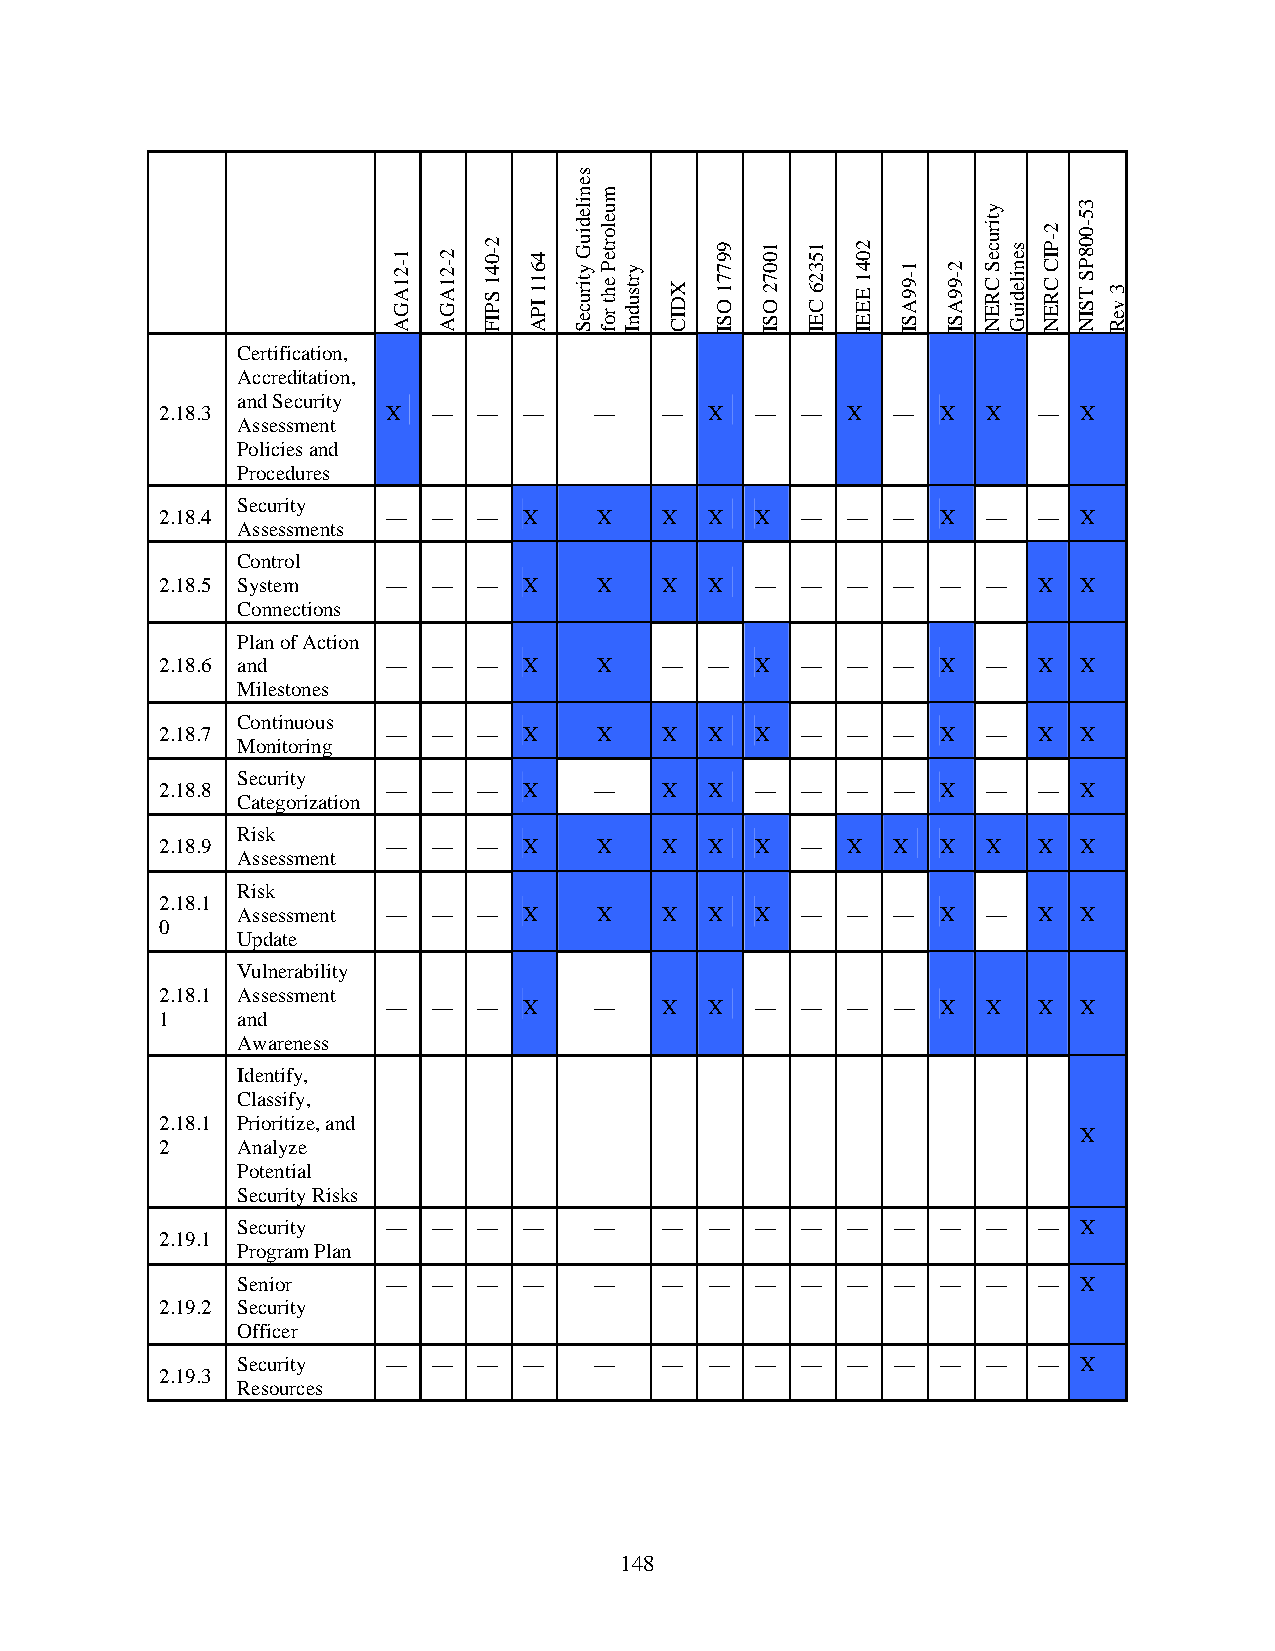
Certification,
 Accreditation,
 and Security
 2.18.3         X  —  —  —   —    —  X  —  —  X  —  X  X   —  X
 Assessment
 Policies and
 Procedures
 Security
 2.18.4         —  —  —  X    X   X  X  X  —  —  —  X  —   —  X
 Assessments
 Control
 2.18.5 System  —  —  —  X    X   X  X  —  —  —  —  —  —   X  X
 Connections
 Plan of Action
 2.18.6 and     —  —  —  X    X   —  —  X  —  —  —  X  —   X  X
 Milestones
 Continuous
 2.18.7         —  —  —  X    X   X  X  X  —  —  —  X  —   X  X
 Monitoring
 Security
 2.18.8         —  —  —  X   —    X  X  —  —  —  —  X  —   —  X
 Categorization
 Risk
 2.18.9         —  —  —  X    X   X  X  X  —  X  X  X  X   X  X
 Assessment
 Risk
 2.18.1
 Assessment — —  —  X    X   X  X  X  —  —  —  X  —   X  X
 0
 Update
 Vulnerability
 2.18.1 Assessment
 —  —  —  X   —    X  X  —  —  —  —  X  X   X  X
 1    and
 Awareness
 Identify,
 Classify,
 2.18.1 Prioritize, and
 X
 2    Analyze
 Potential
 Security Risks
 Security  —  —  —  —   —    —  —  —  —  —  —  —  —   —  X
 2.19.1
 Program Plan
 Senior    —  —  —  —   —    —  —  —  —  —  —  —  —   —  X
 2.19.2 Security
 Officer
 Security  —  —  —  —   —    —  —  —  —  —  —  —  —   —  X
 2.19.3
 Resources
 148
 1-21AGA 2-21AGA
 2-041
 SPIF
 4611
 IPA
 senilediuG
 ytiruceS
 muelorteP
 eht
 rof
 yrtsudnI
 XDIC
 99771
 OSI
 10072
 OSI
 15326
 CEI
 2041
 EEEI
 1-99ASI 2-99ASI
 ytiruceS
 CREN
 senilediuG
 2-PIC
 CREN
 35-008PS
 TSIN 3
 veR